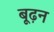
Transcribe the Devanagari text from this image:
बूढ़न